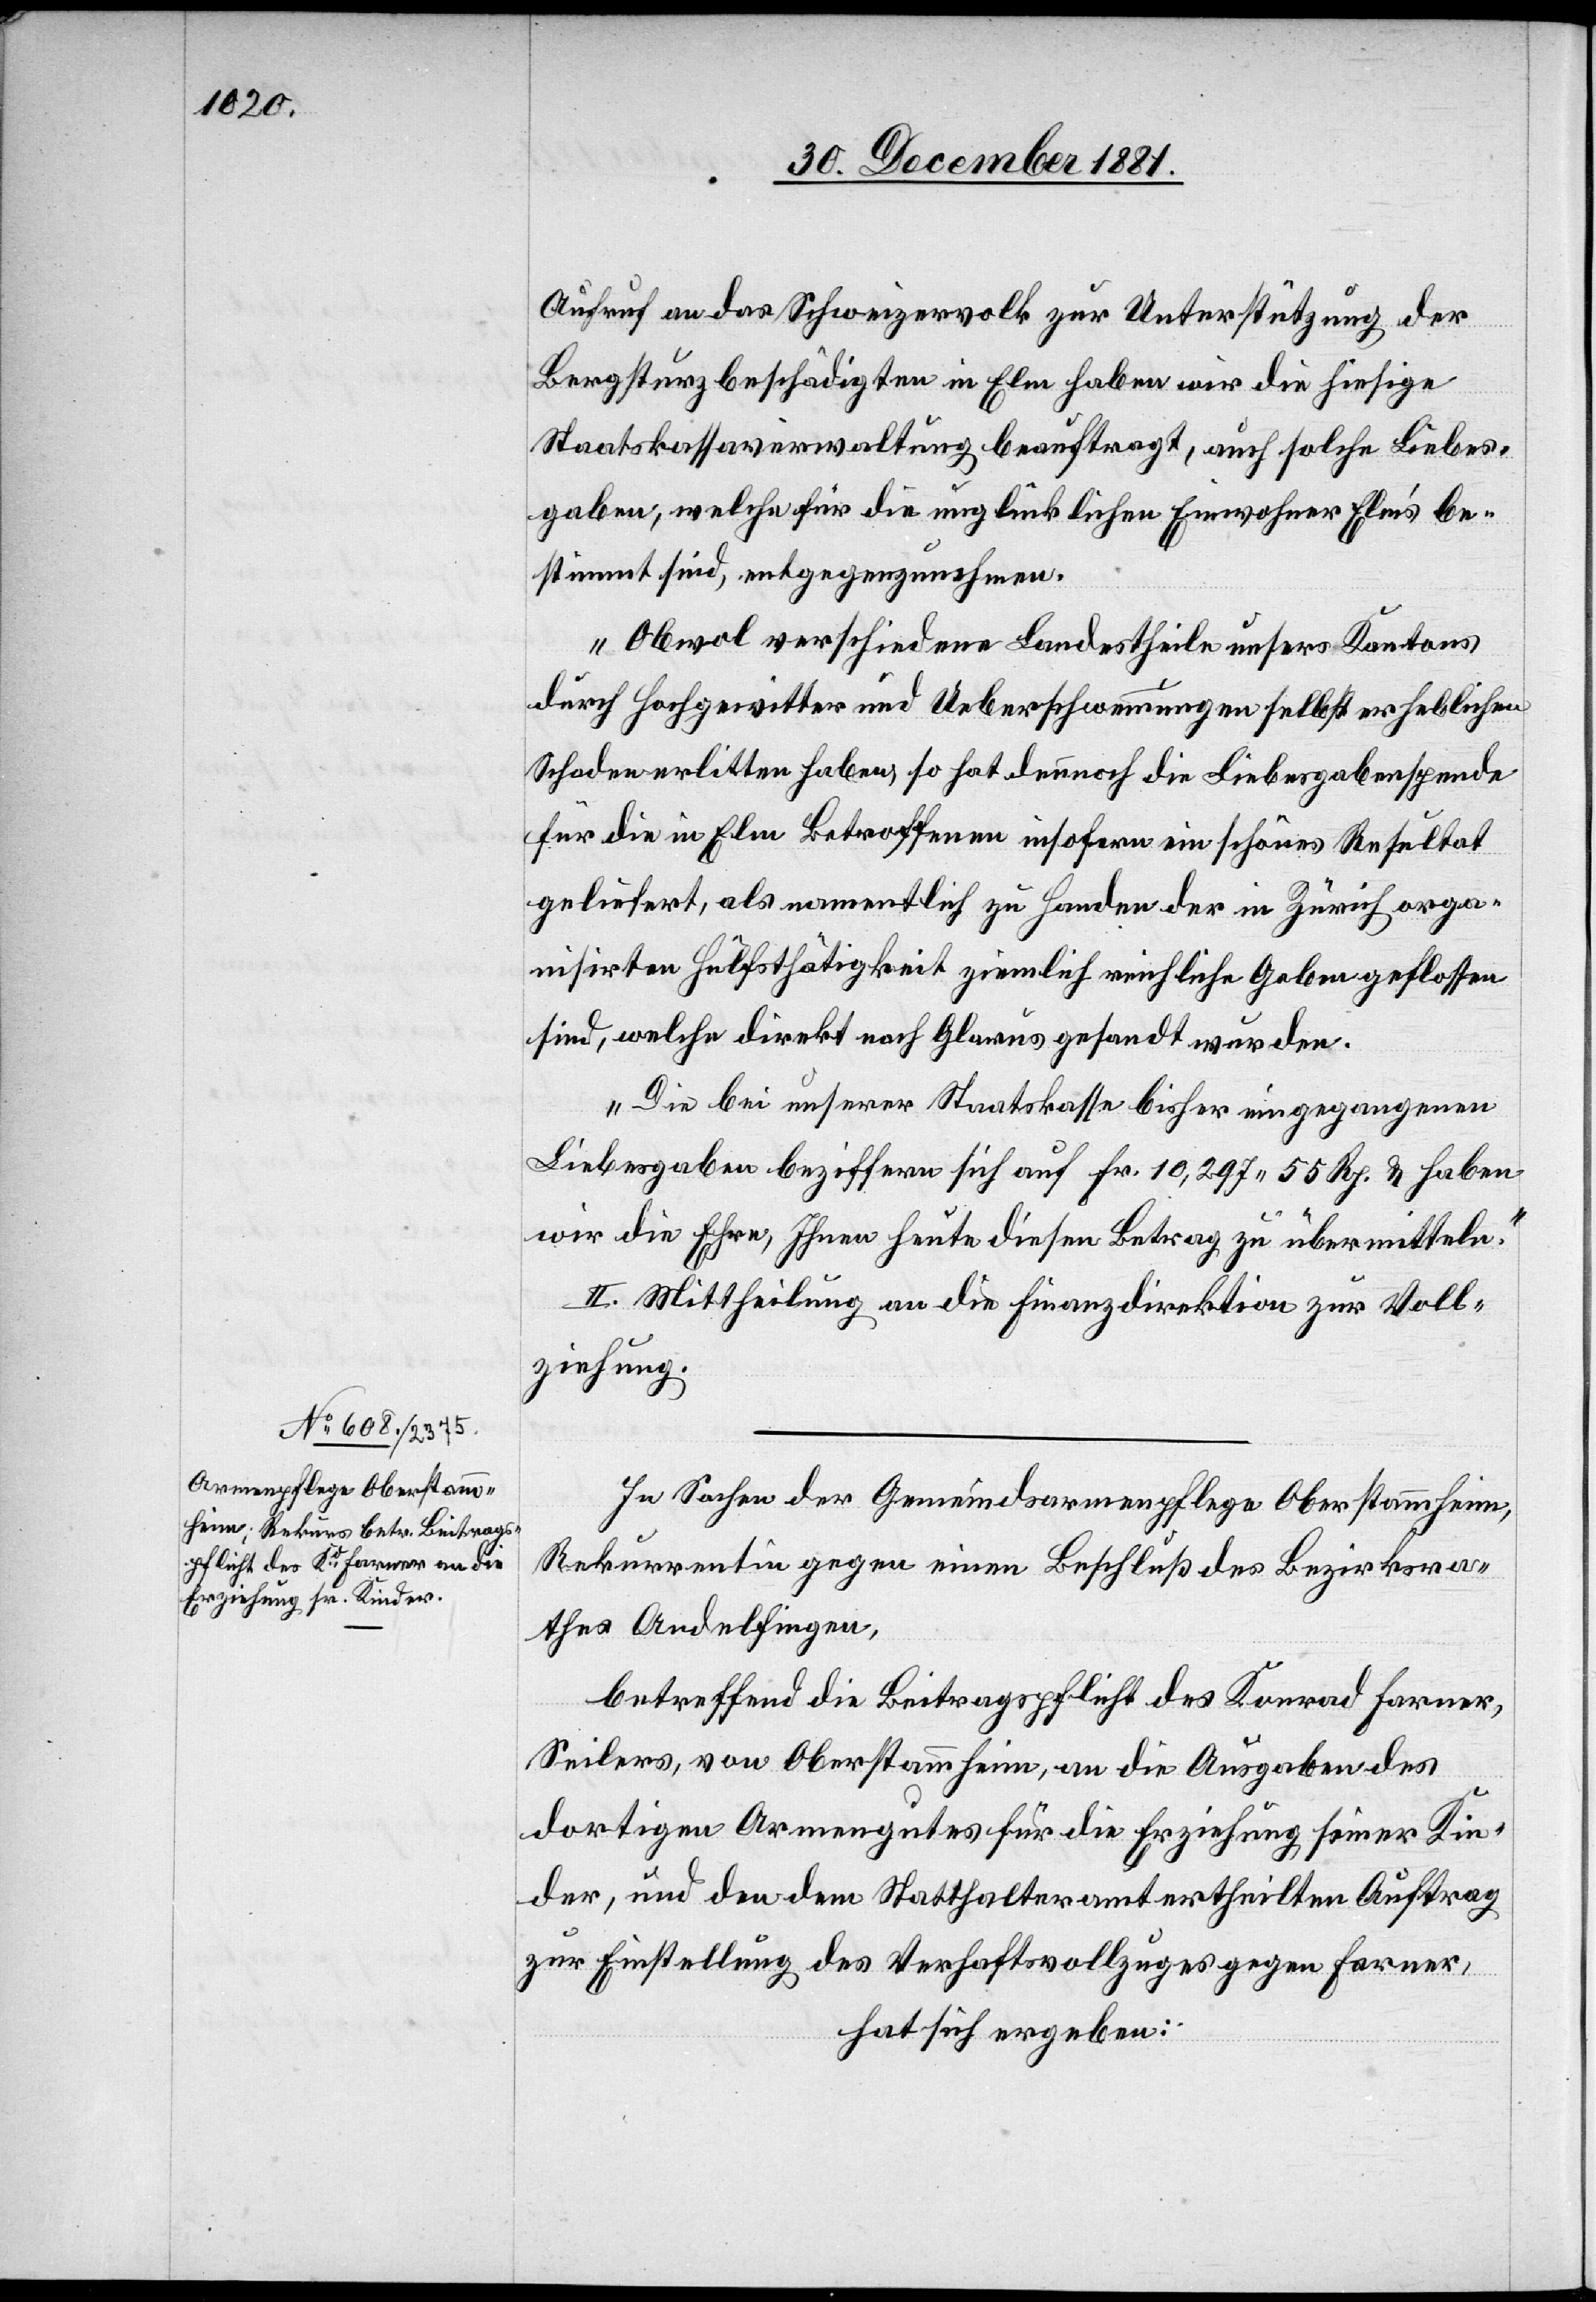
Aufruf an das Schweizervolk zur Unterstützung der
Bergsturzbeschädigten in Elm haben wir die hiesige
Staatskassaverwaltung beauftragt, auch solche Liebes¬
gaben, welche für die unglücklichen Einwohner Elm’s be¬
stimmt sind, entgegenzunehmen.
Obwohl verschiedene Landestheile unsers Kantons
durch Hochgewitter und Ueberschwemmungen selbst erheblichen
Schaden erlitten haben, so hat dennoch die Liebesgabenspende
für die in Elm Betroffenen insofern ein schönes Resultat
geliefert, als namentlich zu Handen der in Zürich orga¬
nisirten Hülfsthätigkeit ziemlich reichliche Gaben geflossen
sind, welche direkt nach Glarus gesandt wurden.
Die bei unserer Staatskasse bisher eingegangenen
Liebesgaben beziffern sich auf Fr. 10,297. 55 Rp. & haben
wir die Ehre, Ihnen heute diesen Betrag zu übermitteln.“
II. Mittheilung an die Finanzdirektion zur Voll¬
ziehung.
In Sachen der Gemeindsarmenpflege Oberstammheim,
Rekurrentin gegen einen Beschluß des Bezirksra¬
thes Andelfingen,
betreffend die Beitragspflicht des Konrad Farner,
Seilers, von Oberstammheim, an die Ausgaben des
dortigen Armengutes für die Erziehung seiner Kin¬
der, und den dem Statthalteramt ertheilten Auftrag
zur Einstellung des Verhaftsvollzuges gegen Farner,
hat sich ergeben: